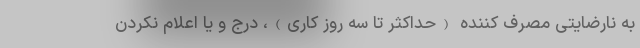
به نارضایتی مصرف کننده (حداکثر تا سه روز کاری)، درج و یا اعلام نکردن